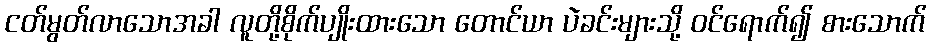
ငတ်မွတ်လာသောအခါ လူတို့စိုက်ပျိုးထားသော တောင်ယာ ပဲခင်းများသို့ ဝင်ရောက်၍ စားသောက်